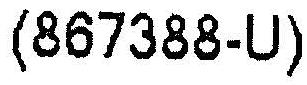
(867388-U)